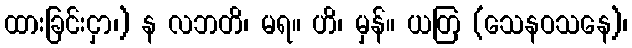
ထားခြင်းငှာ၊) န လဘတိ၊ မရ။ ဟိ၊ မှန်။ ယတြ (သေနဝသနေ)၊